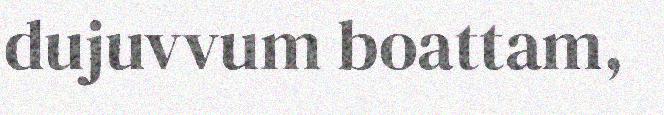
dujuvvum boattam,